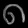
Digit: ၈